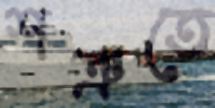
শত্রুতে